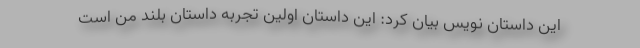
این داستان نویس بیان کرد: این داستان اولین تجربه داستان بلند من است